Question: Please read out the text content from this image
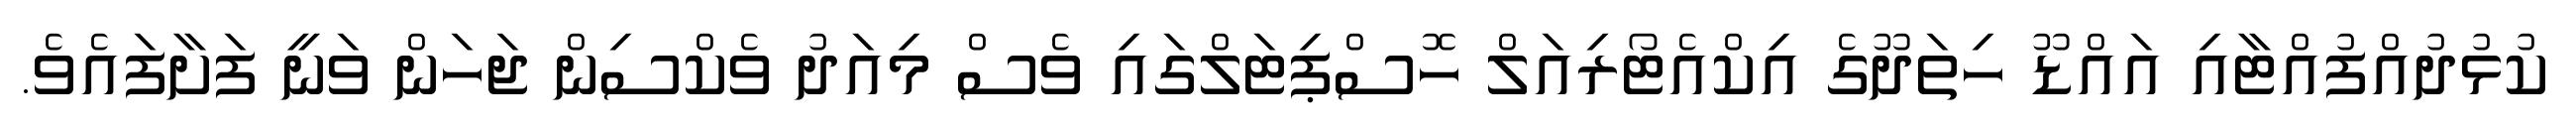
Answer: ކުޅުދުއްފުއްޓާއި އައްޑޫ ހިތަދޫގެ އިކްއެޓޯރިއަލް ހޮސްޕިޓަލްގައި ވެސް މިއަދު ވެކްސިން ޖަހަން ވަނީ ފަށާފައެވެ.